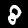
Label: 8